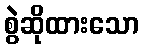
စွဲဆိုထားသော